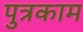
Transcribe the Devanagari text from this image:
पुत्रकाम